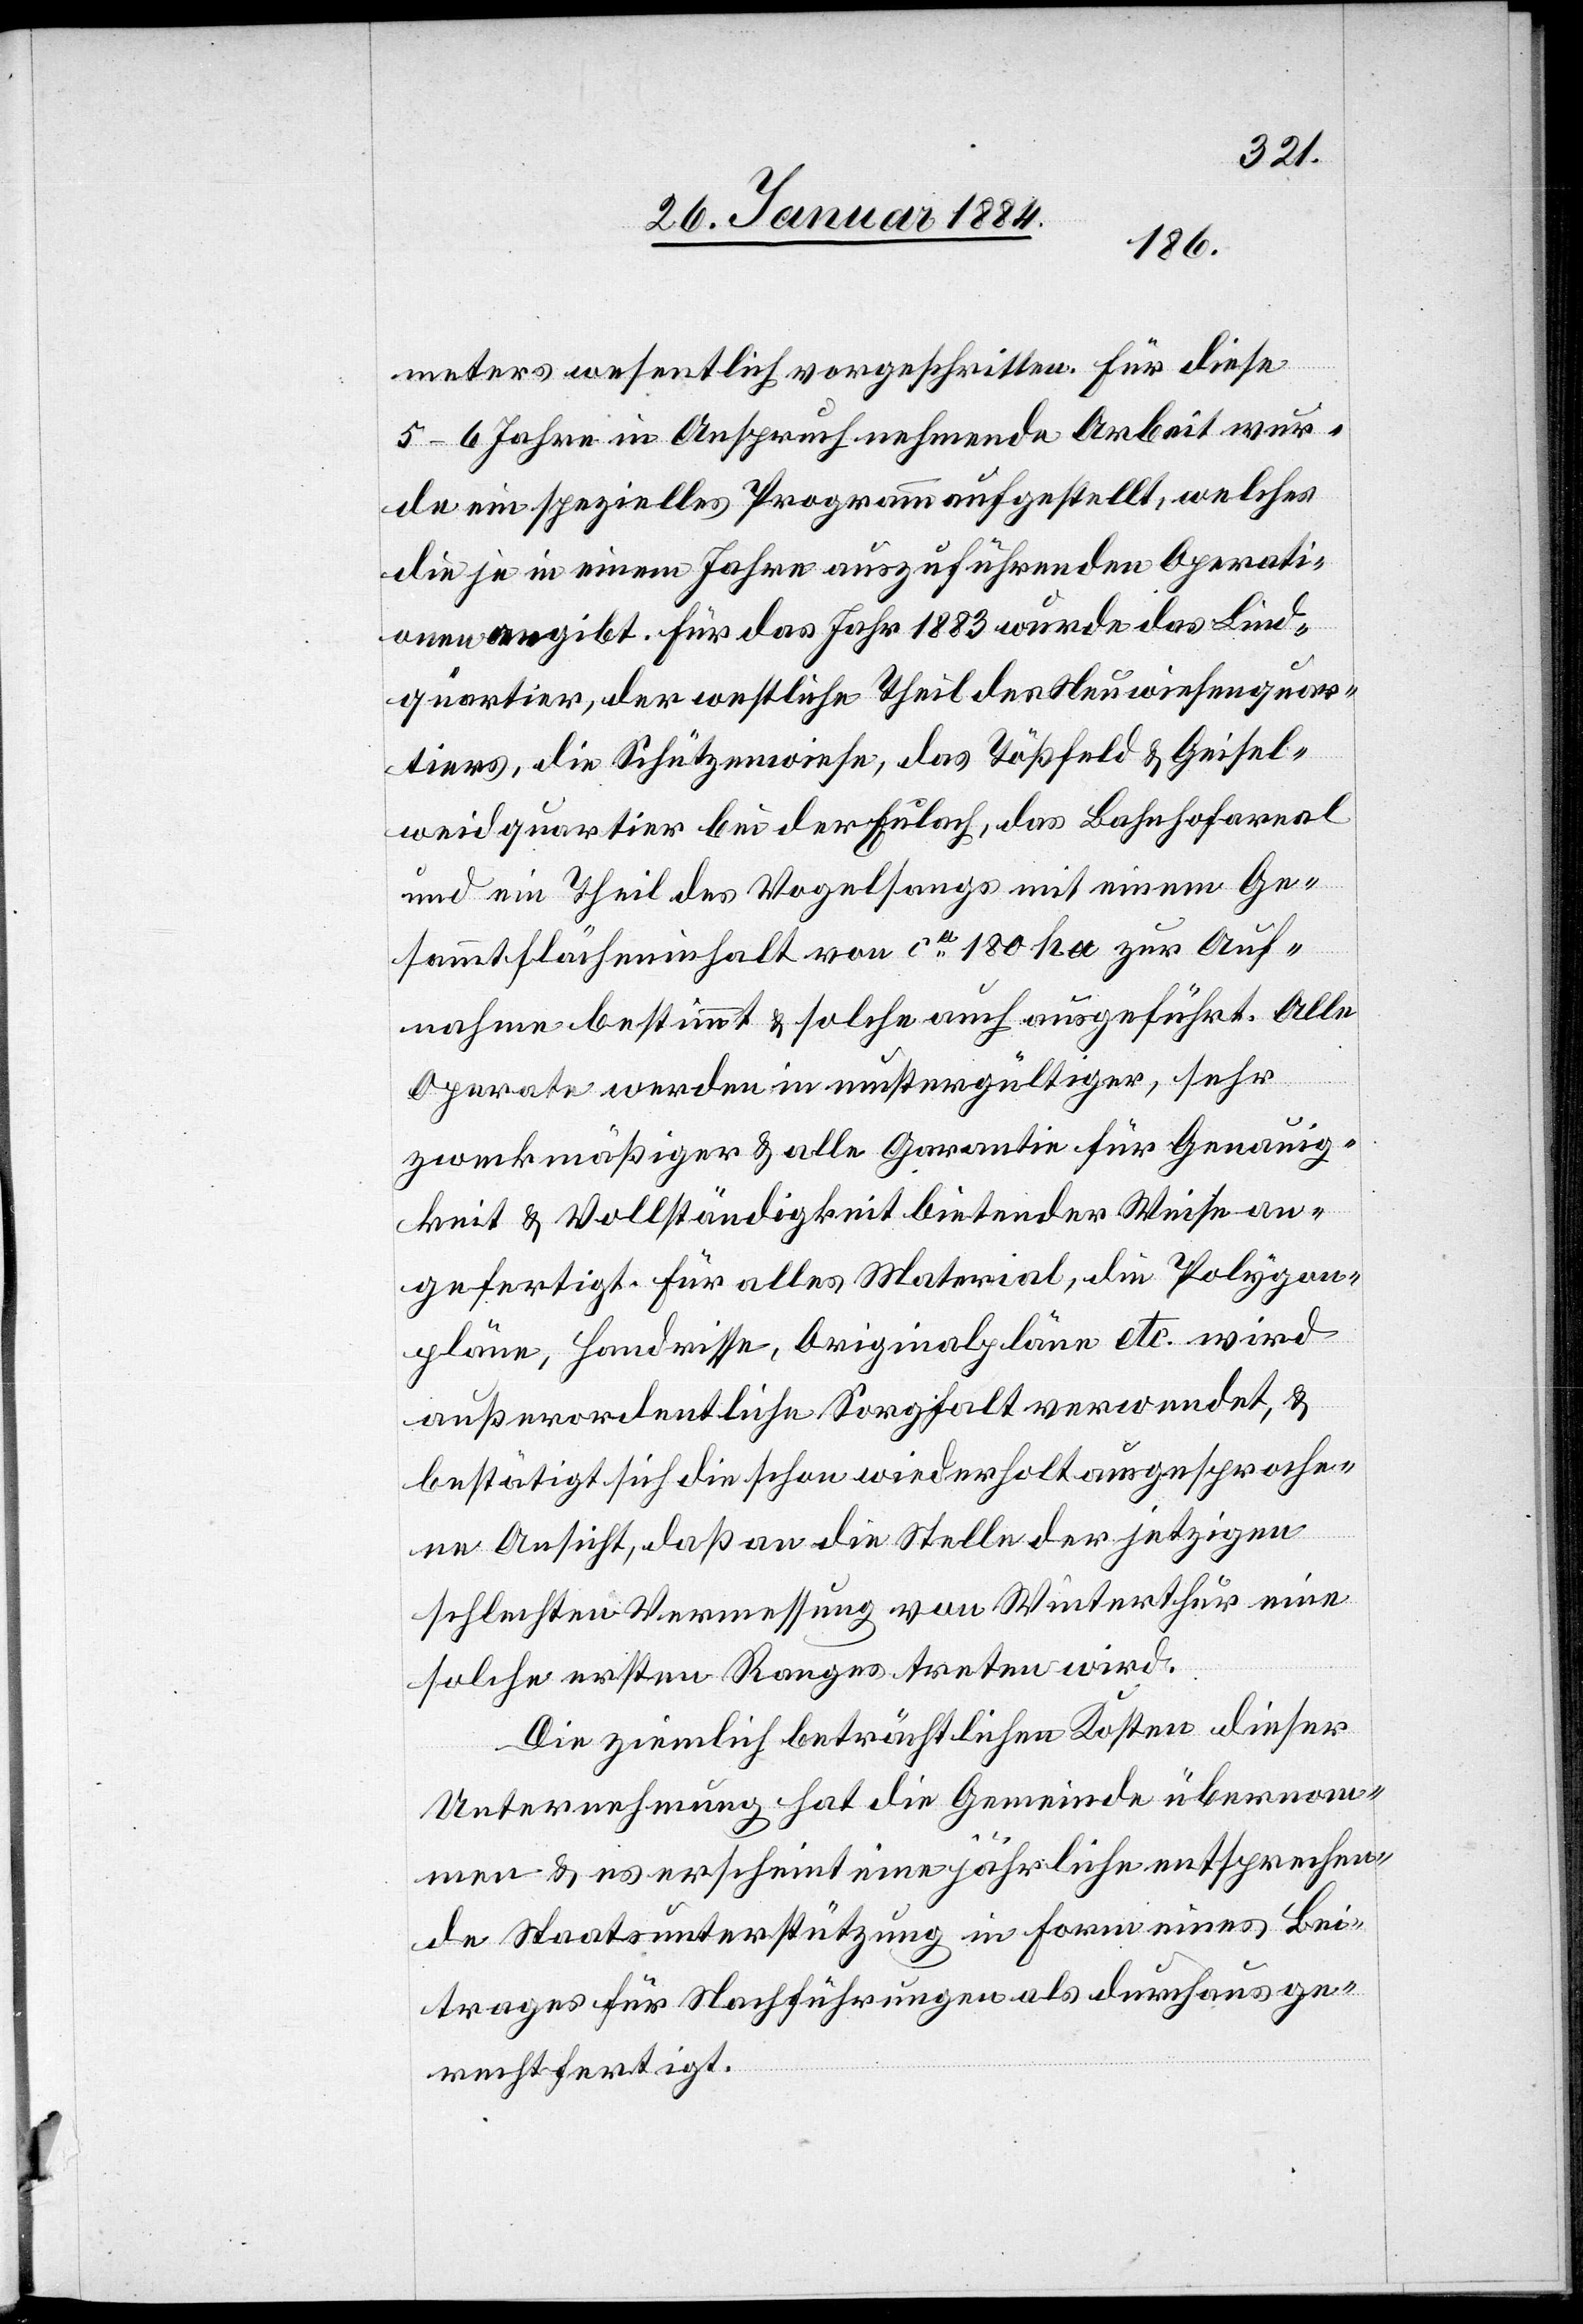
meters wesentlich vorgeschritten. Für diese
5–6 Jahre in Anspruch nehmende Arbeit wur¬
de ein spezielles Programm aufgestellt, welches
die je in einem Jahre auszuführenden Operati¬
onen angibt, Für das Jahr 1883 wurde das Lind¬
tquartier, der westliche Theil des Neuwiesenquar¬
tiers, die Schützenwiese, das Tößfeld & Geisel¬
weidquartier bei der Eulach, das Bahnhofareal
und ein Theil des Vogelsangs mit einem Ge¬
sammtflächeninhalt von ca 180 ha zur Auf¬
nahme bestimmt & solche auch ausgeführt. Alle
Aperate werden in mustergültiger, sehr
zweckmäßiger & alle Garantie für Genauig¬
keit & Vollständigkeit bietender Weise an¬
gefertigt. Für alles Material, die Polygon¬
pläne, Handrisse, Originalpläne etc. wird
außerordentliche Sorgfalt verwendet, &
bestätigt sich die schon wiederholt ausgesproche¬
ne Ansicht, daß an die Stelle der jetzigen
schlechten Vermessung von Winterthur eine
solche ersten Ranges treten wird.
Die ziemlich beträchtlichen Kosten dieser
Unternehmung hat die Gemeinde übernom¬
men & es erscheint eine jährliche entsprechen¬
de Staatsunterstützung in Form eines Bei¬
trages für Nachführungen als durchaus ge¬
rechtfertigt.